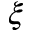
\xi